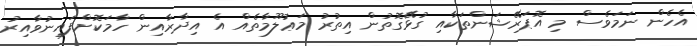
އެހެން ނަމަވެސް މި އޮޕަރޭޝަންތަކާއި ގުޅޭގޮތުން އިތުރު މަޢުލޫމާތެއް އެ އިދާރާއިން ހާމަކޮށްފައިނުވާއިރު